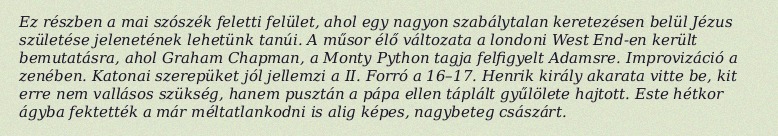
Ez részben a mai szószék feletti felület, ahol egy nagyon szabálytalan keretezésen belül Jézus születése jelenetének lehetünk tanúi. A műsor élő változata a londoni West End-en került bemutatásra, ahol Graham Chapman, a Monty Python tagja felfigyelt Adamsre. Improvizáció a zenében. Katonai szerepüket jól jellemzi a II. Forró a 16–17. Henrik király akarata vitte be, kit erre nem vallásos szükség, hanem pusztán a pápa ellen táplált gyűlölete hajtott. Este hétkor ágyba fektették a már méltatlankodni is alig képes, nagybeteg császárt.